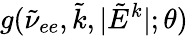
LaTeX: g(\tilde{\nu}_{ee},\tilde{k},|\tilde{E}^{k}|;\theta)